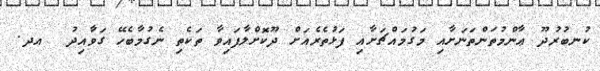
ކުނބުރުދޫ ޢާންމުތަންތަނަށާއި މަގުމައްޗަށާއި ފަޅުތެރެއަށް ދޫކޮށްލާފައިވާ ތަކެތި ނެގުމާބެހޭ ގަވާއިދު  އދ.